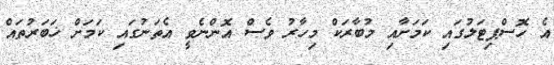
އެ ހޮސްޕިޓަލުގައި ކަމަށާއި މުބާރަކް މިހާރު ވެސް އޮންނެވީ އެތަނުގައި ކަމަށް ޚަބަރުތައް